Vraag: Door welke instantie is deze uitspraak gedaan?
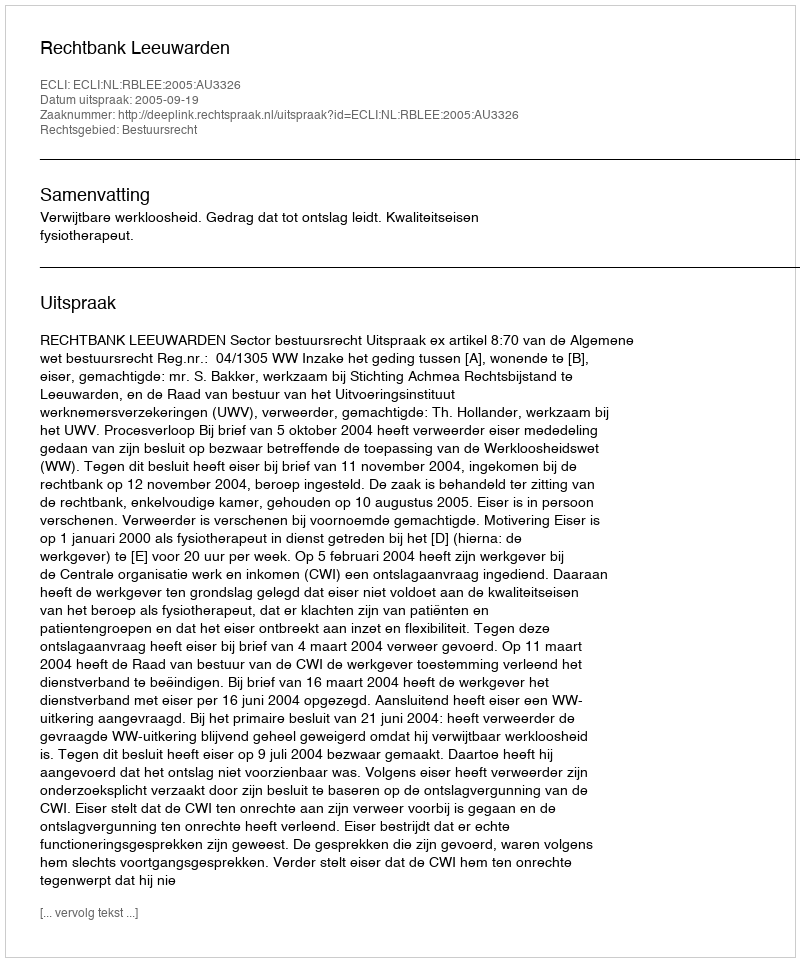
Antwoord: Rechtbank Leeuwarden